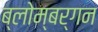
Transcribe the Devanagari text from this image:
ब्लोम्बर्गन